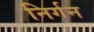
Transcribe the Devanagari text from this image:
निर्गन